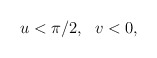
\begin{align*}u<\pi/2,~~v<0, \end{align*}